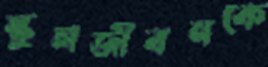
স্কুলজীবনকে